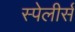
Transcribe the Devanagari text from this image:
स्पेलीर्स